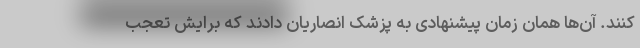
کنند. آن‌ها همان زمان پیشنهادی به پزشکِ انصاریان دادند که برایش تعجب